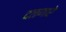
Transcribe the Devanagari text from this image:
दळणारे